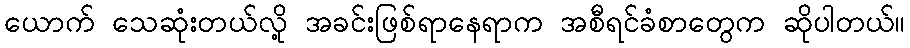
ယောက် သေဆုံးတယ်လို့ အခင်းဖြစ်ရာနေရာက အစီရင်ခံစာတွေက ဆိုပါတယ်။